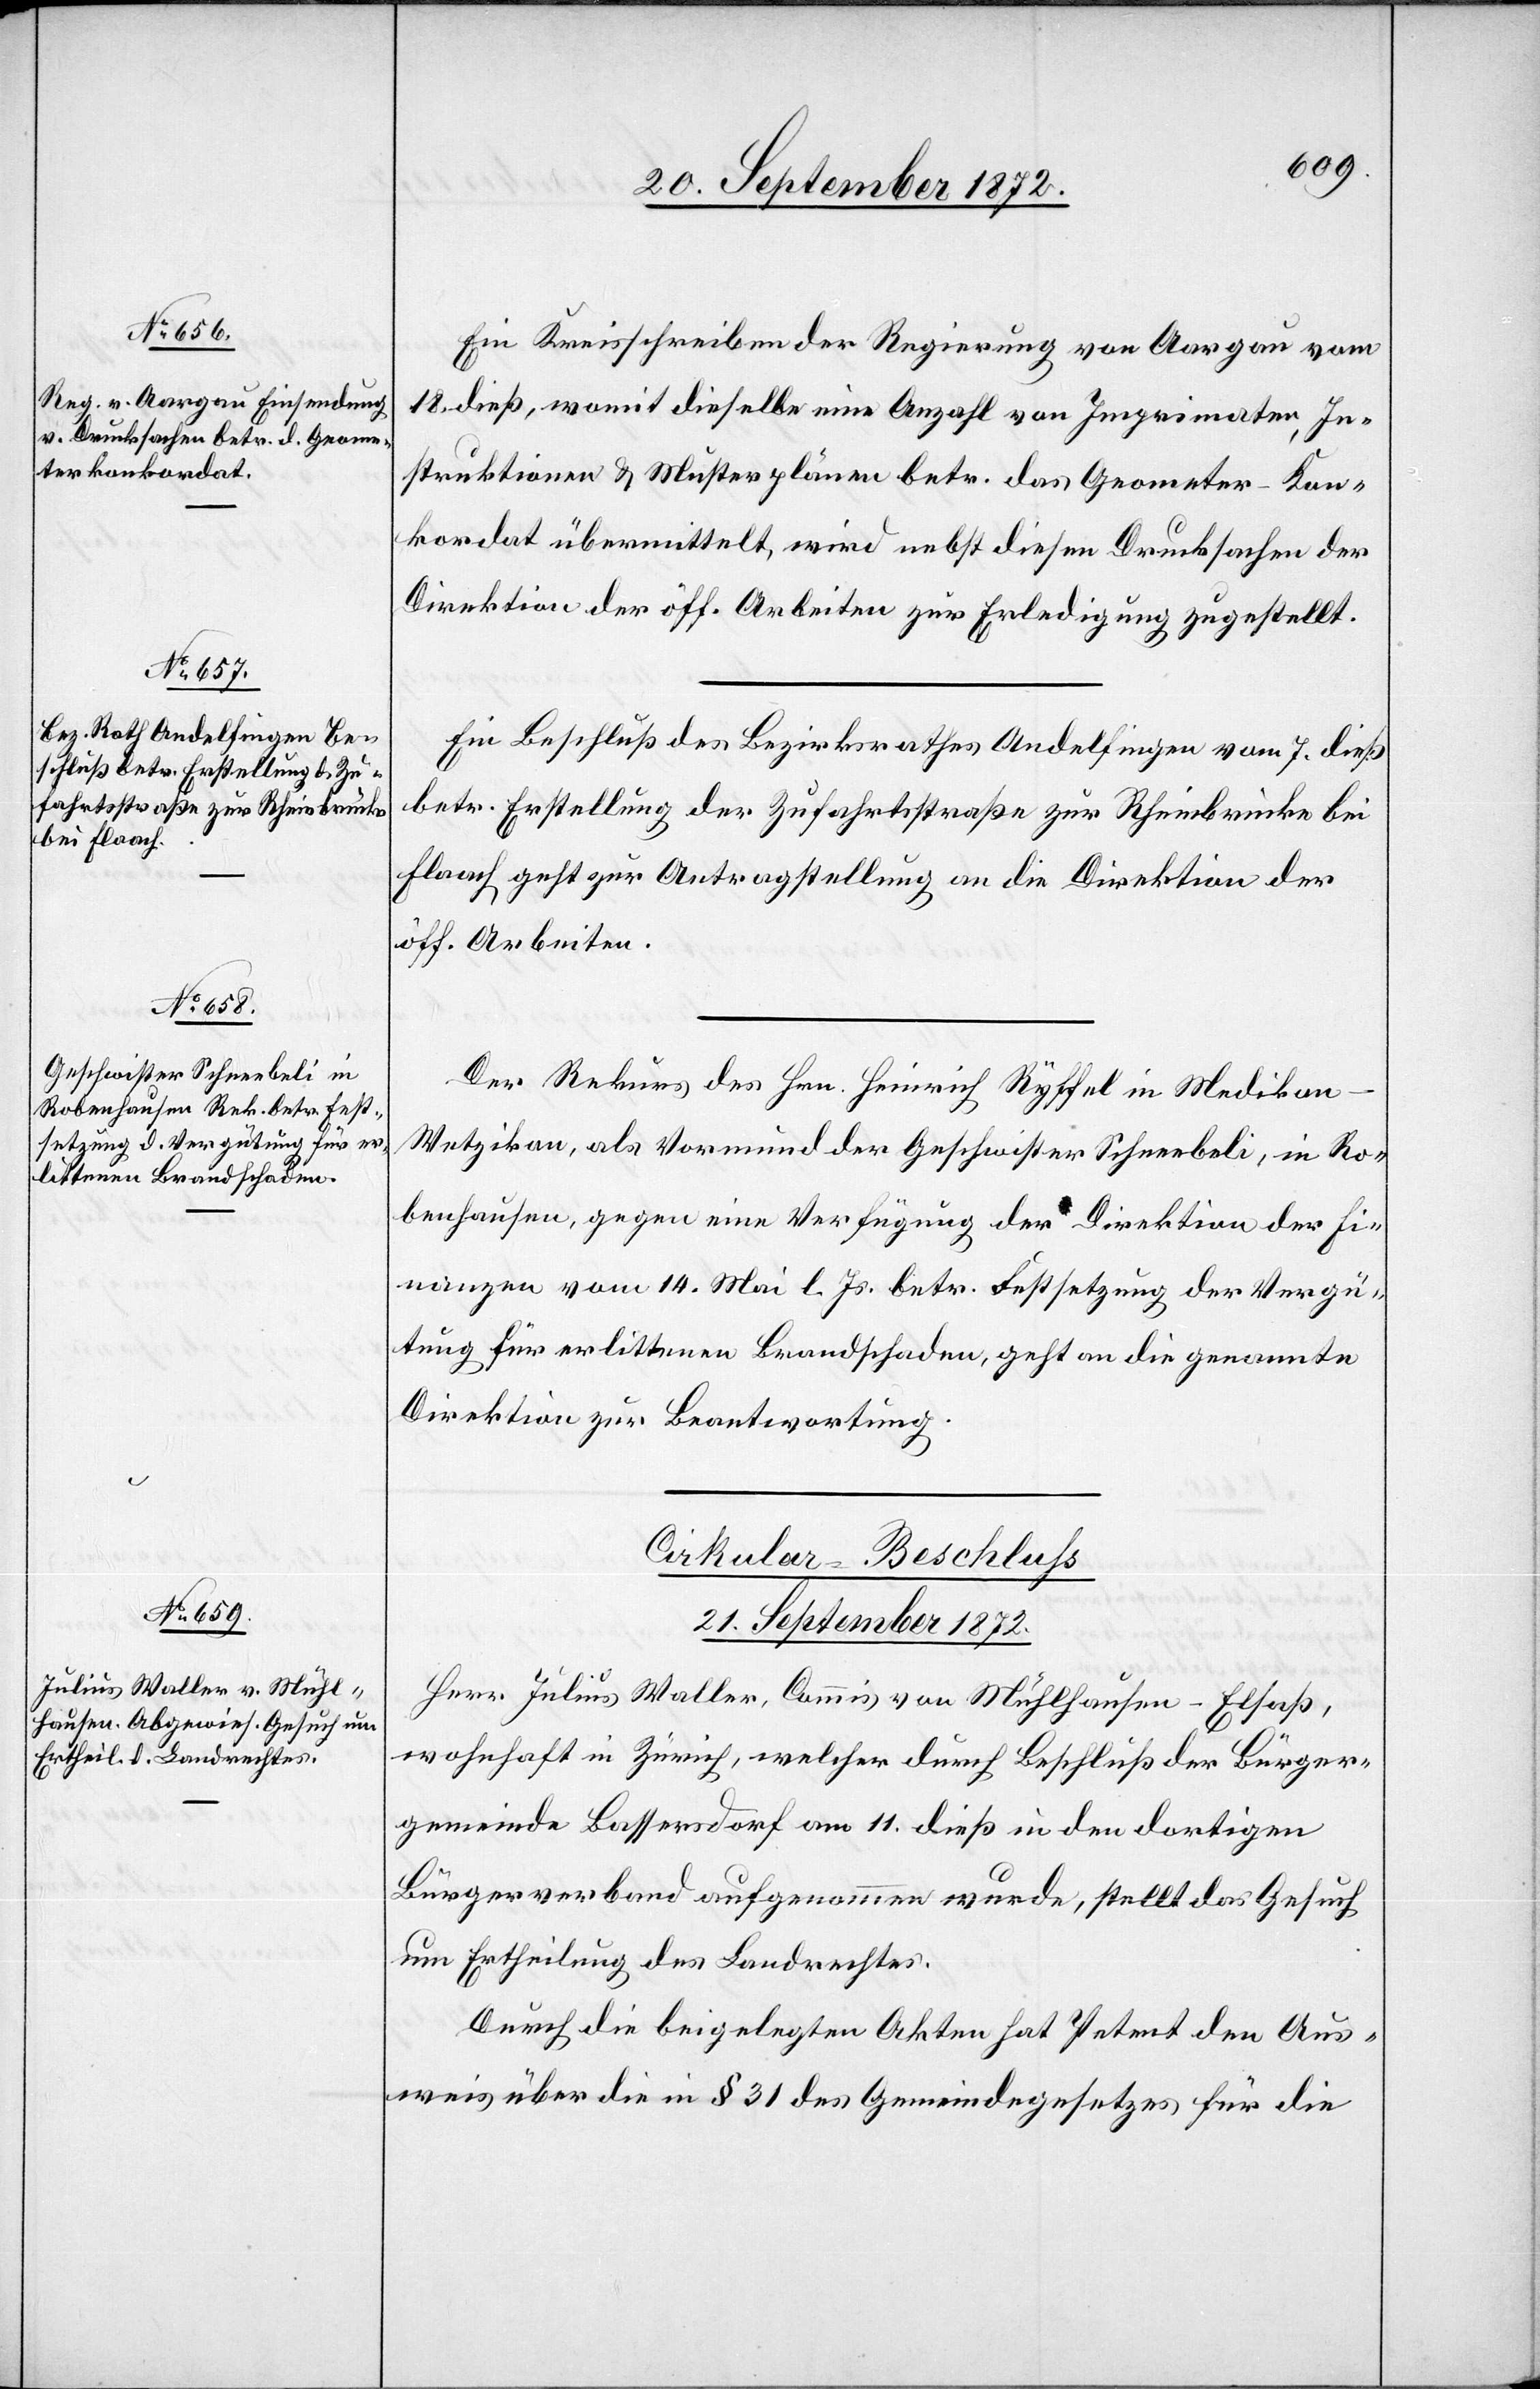
20. September 1872.]
Ein Kreisschreiben der Regierung von Aargau vom
18. dieß, womit dieselbe eine Anzahl von Imprimaten, In¬
struktionen u. Musterplänen betr. das Geometer-Kon¬
kordat übermittelt, wird nebst diesen Drucksachen der
Direktion der öff. Arbeiten zur Erledigung zugestellt.
Ein Beschluß des Bezirksrathes Andelfingen vom 7. dieß
betr. Erstellung der Zufahrtsstraße zur Rheinbrücke bei
Flaach geht zur Antragstellung an die Direktion der
öff. Arbeiten.
Der Rekurs des Hrn. Heinrich Ryffel in Medikon-W¬
etzikon, als Vormund der Geschwister Schneebeli, in Ro¬
benhausen, gegen eine Verfügung der Direktion der Fi¬
nanzen vom 14. Mai l. Js. betr. Festsetzung der Vergü¬
tung für erlittenen Brandschaden, geht an die genannte
Direktion zur Beantwortung.
Cirkular-Beschluss
21. September 1872.
Herr Julius Waller, Commis von Mühlhausen-Elsaß,
wohnhaft in Zürich, welcher durch Beschluß der Bürger¬
gemeinde Bassersdorf am 11. dieß in den dortigen
Bürgerverband aufgenommen wurde, stellt das Gesuch
um Ertheilung des Landrechtes.
Durch die beigelegten Akten hat Petent den Aus¬
weis über die in § 31 des Gemeindegesetzes für die